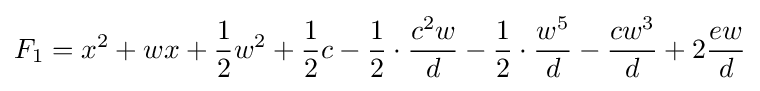
F_{1}=x^{2}+wx+{\frac {1}{2}}w^{2}+{\frac {1}{2}}c-{\frac {1}{2}}\cdot {\frac {c^{2}w}{d}}-{\frac {1}{2}}\cdot {\frac {w^{5}}{d}}-{\frac {cw^{3}}{d}}+2{\frac {ew}{d}}